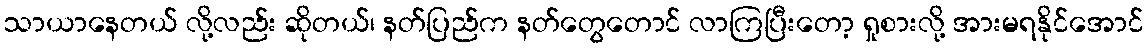
သာယာနေတယ် လို့လည်း ဆိုတယ်၊ နတ်ပြည်က နတ်တွေတောင် လာကြပြီးတော့ ရှုစားလို့ အားမရနိုင်အောင်